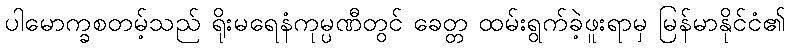
ပါမောက္ခစတမ့်သည် ရိုးမရေနံကုမ္ပဏီတွင် ခေတ္တ ထမ်းရွက်ခဲ့ဖူးရာမှ မြန်မာနိုင်ငံ၏